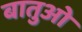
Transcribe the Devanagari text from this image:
बातुओ